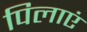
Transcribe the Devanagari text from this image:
पिलाएं